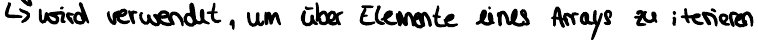
wird verwendet, um über Elemente eines Arrays zu iterieren